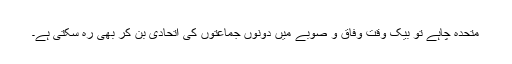
متحدہ چاہے تو بیک وقت وفاق و صوبے میں دونوں جماعتوں کی اتحادی بن کر بھی رہ سکتی ہے۔